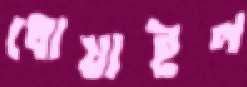
ধোয়াইল